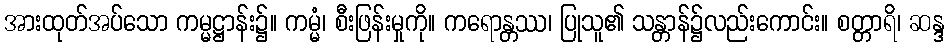
အားထုတ်အပ်သော ကမ္မဋ္ဌာန်း၌။ ကမ္မံ၊ စီးဖြန်းမှုကို။ ကရောန္တဿ၊ ပြုသူ၏ သန္တာန်၌လည်းကောင်း။ စတ္တာရိ၊ ဆန္ဒ